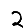
Digit: 2